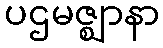
ပဌမဇ္ဈာနာ